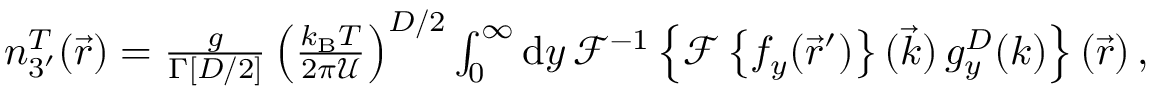
\begin{array} { r } { n _ { 3 ^ { \prime } } ^ { T } ( \vec { r } ) = \frac { g } { \Gamma [ D / 2 ] } \left( \frac { k _ { \mathrm { B } } T } { 2 \pi { \mathcal U } } \right) ^ { D / 2 } \int _ { 0 } ^ { \infty } \mathrm { d } y \, \mathcal { F } ^ { - 1 } \left\{ \mathcal { F } \left\{ f _ { y } ( \vec { r } ^ { \prime } ) \right\} ( \vec { k } ) \, g _ { y } ^ { D } ( k ) \right\} ( \vec { r } ) \, , } \end{array}